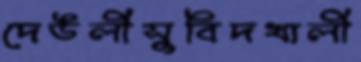
দেউলীসুবিদখালী